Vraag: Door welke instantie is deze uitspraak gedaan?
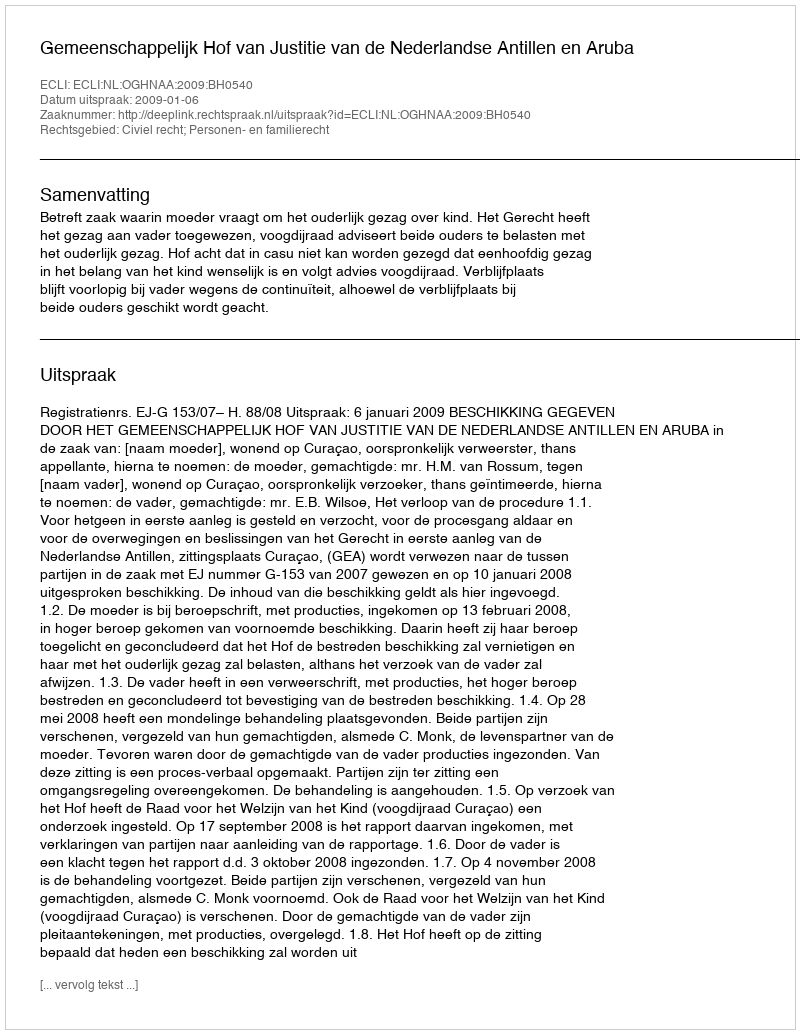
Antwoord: Gemeenschappelijk Hof van Justitie van de Nederlandse Antillen en Aruba